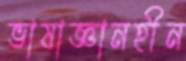
ভাষাজ্ঞানহীন